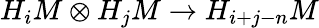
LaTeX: H_{i}M\otimes H_{j}M\to H_{i+j-n}M